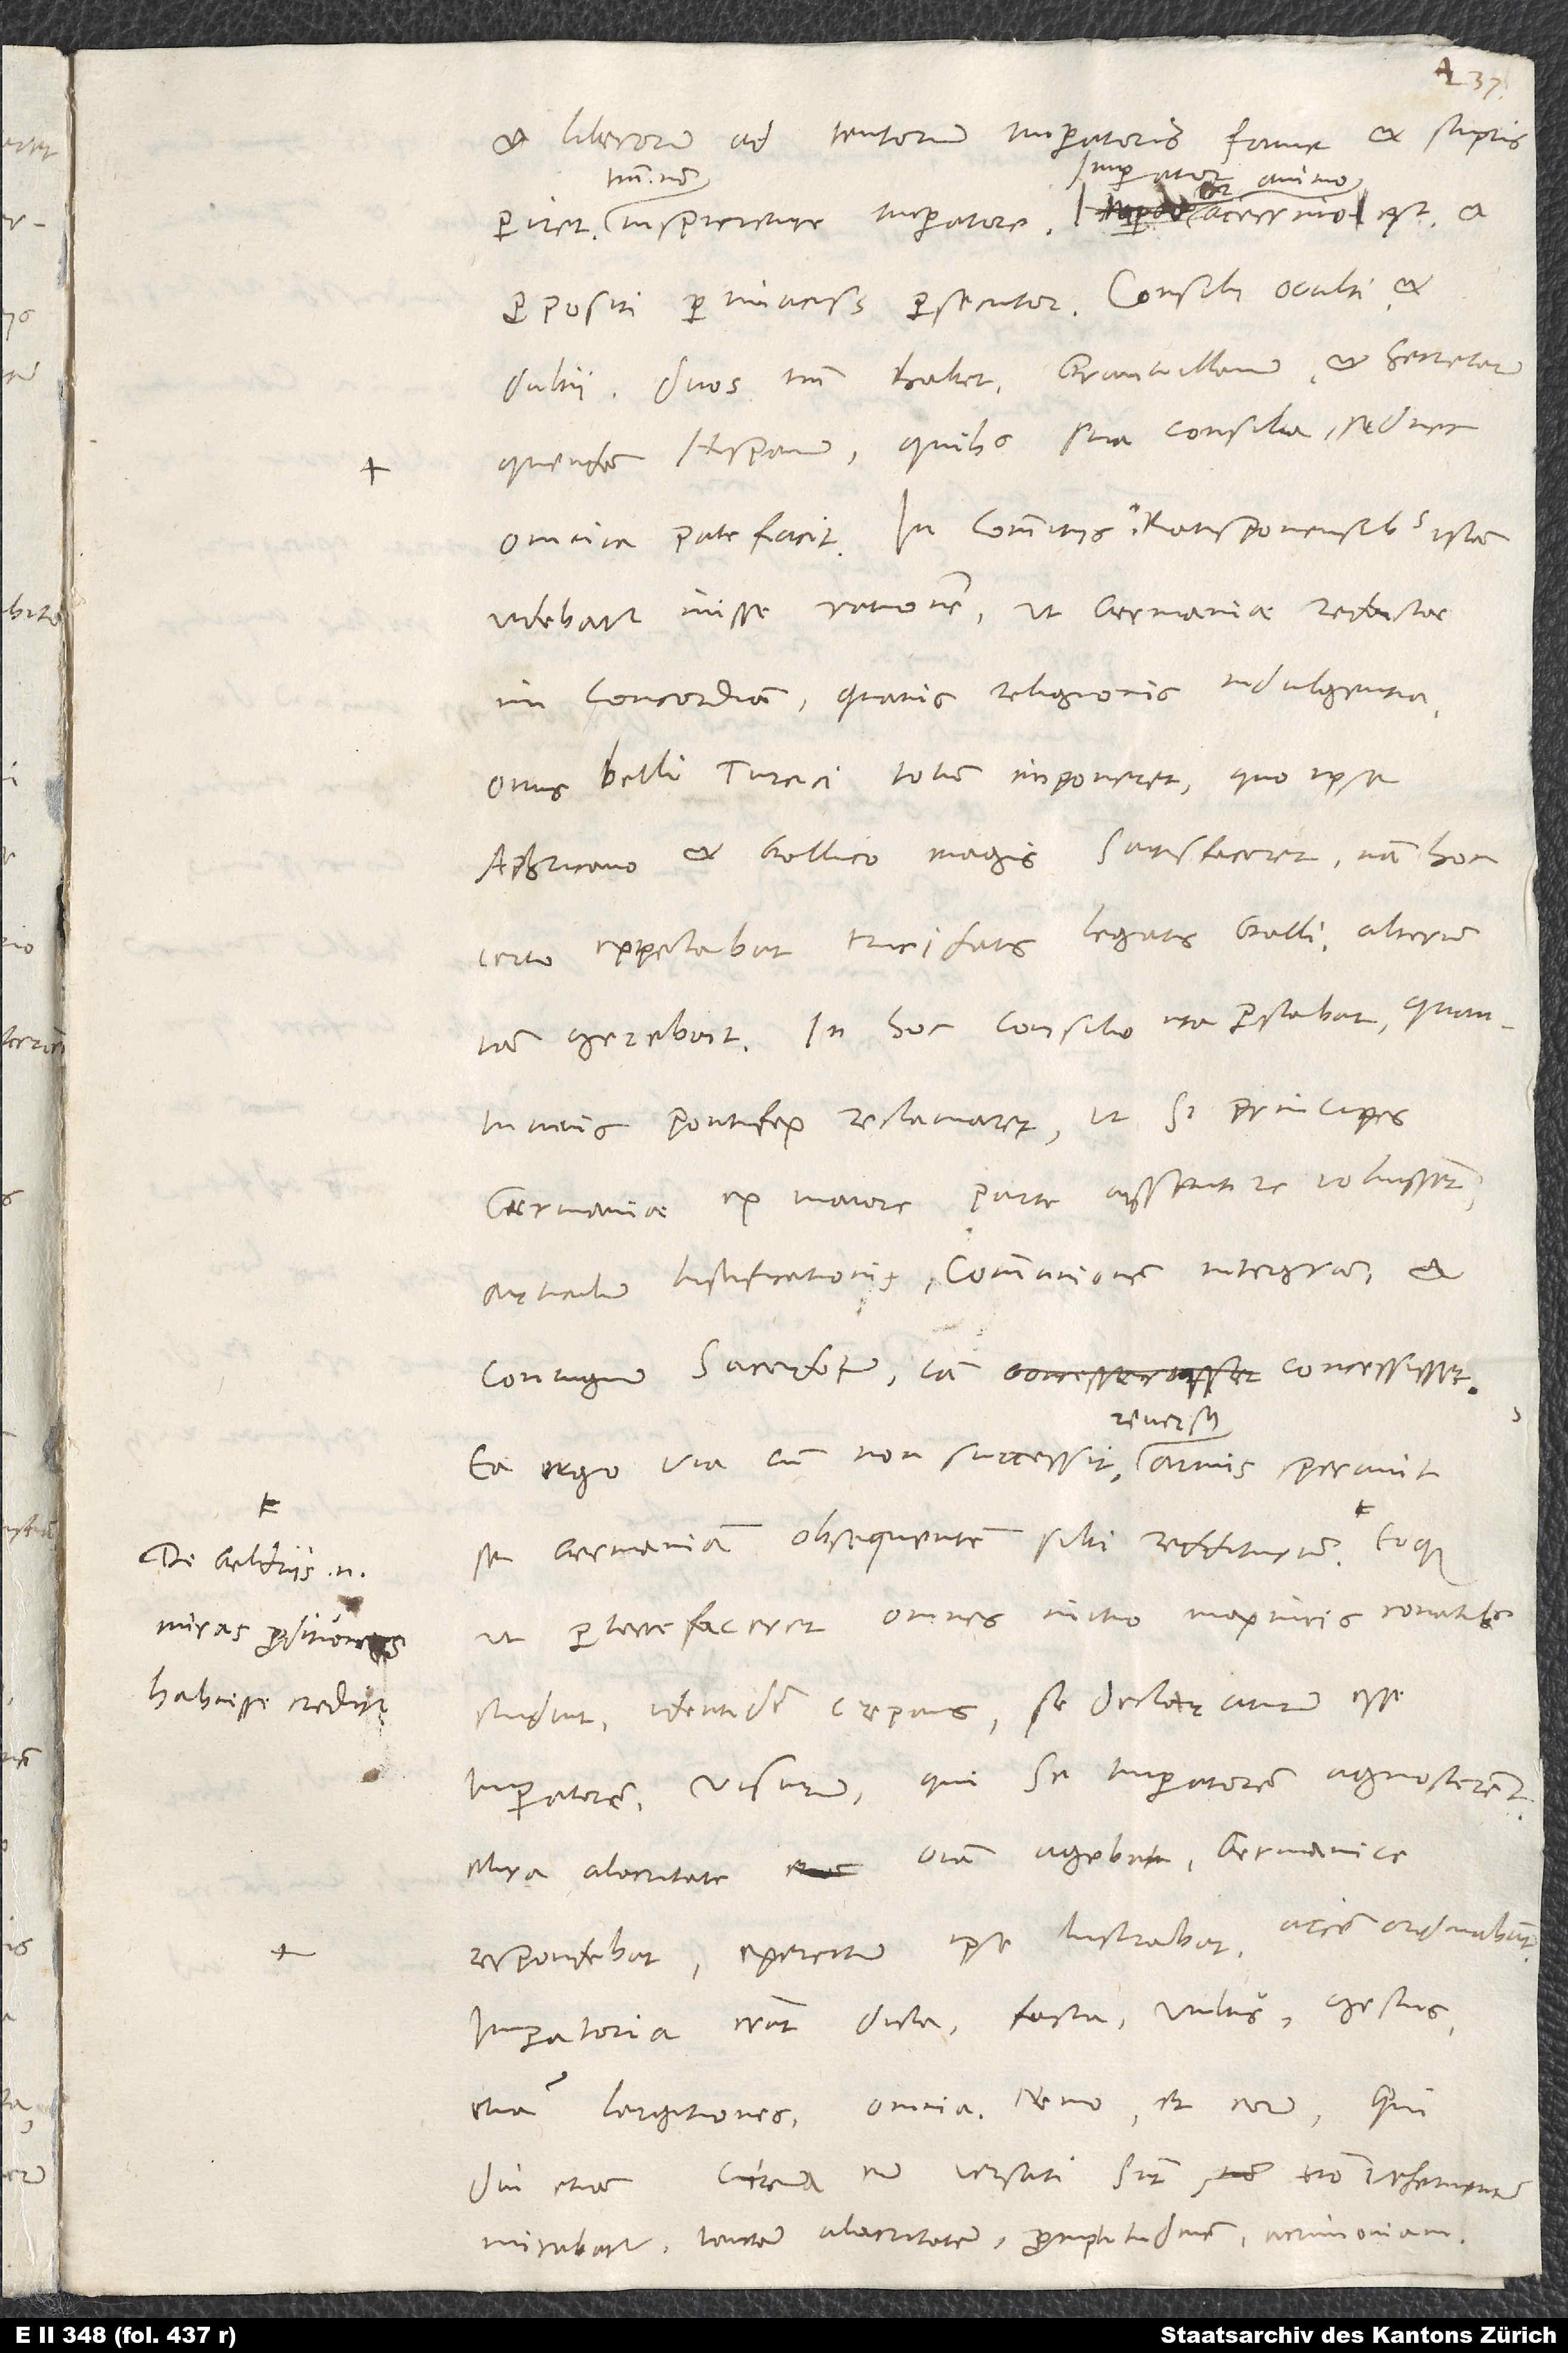
De Geldriis enim
miras proditiones
habuisse creditur.

.
et liberorum ad tentorium imperatoris fame et stupris
propositi pertinacissimus persecutor, consilii occulti et
dubii. Duos tantum habet, Granvillanum et secretarium
quendam Hispanum, quibus sua consilia, sed nec
videbatur inisse rationem, ut Germaniae redactae
in concordiam quavis religionis indulgentia
onus belli Turcici totum imponeret, quo ipse
Aphricano et Gallico magis satisfaceret; nam hoc
certo expectabat trucidatis legatis Galli, alterum
iam gerebat. In hoc consilio ita perstabat, quantumvis
pontifex reclamaret, ut, si principes
Germaniae ex maiore parte assentire voluissent,
articulum iustificationis, communionem integram et
coniugium sacerdotum iam concessisset.
se Germaniam obsequentem sibi redditurum.
ut perterrefaceret omnes, initio maximis conatibus
studuit identidem crepans se declaraturum esse
imperatorem, visurum, qui se imperatorem agnoscerent.
Mira alacritate omnia agebat, Germanice
respondebat, exercitum ipse lustrabat, aciem ordinabat.
Imperatoria erant dicta, facta, vultus, gestus,
etiam largitiones, omnia. Nemo et eorum, qui
diu etiam circa eum versati sunt, non vehementer
mirabatur tantam alacritatem, promptitudinem, acrimoniam,